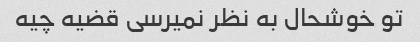
تو خوشحال به نظر نمیرسی قضیه چیه